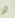
لن